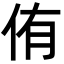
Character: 侑